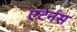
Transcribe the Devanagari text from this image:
एटेर्नस